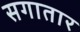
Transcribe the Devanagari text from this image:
सगातार